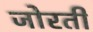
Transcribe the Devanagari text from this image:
जोरती